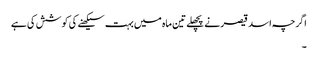
اگرچہ اسد قیصر نے پچھلے تین ماہ میں بہت سیکھنے کی کوشش کی ہے
۔